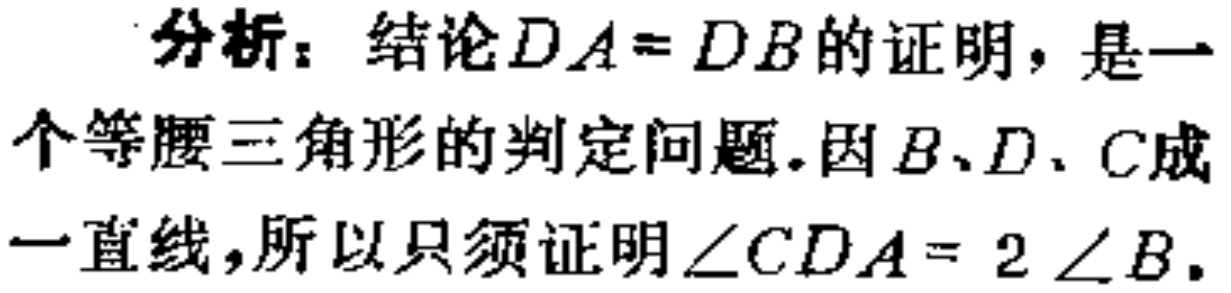
分析：结论$DA = DB$的证明，是一个等腰三角形的判定问题.因$B、D、C$成一直线，所以只须证明$\angle CDA = 2\angle B$.